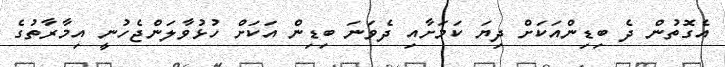
އެގޮތުން ދެ ބިޑިންއަކަށް ދިޔަ ކަމަށާއި ދެވަނަ ބިޑިން އަކަށް ހުޅުވާލަންޖެހުނީ އިމާރާތުގެ